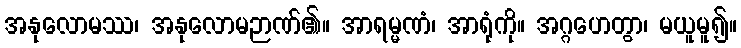
အနုလောမဿ၊ အနုလောမဉာဏ်၏။ အာရမ္မဏံ၊ အာရုံကို။ အဂ္ဂဟေတွာ၊ မယူမူ၍။